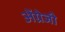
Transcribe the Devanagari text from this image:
अेंग्रेजी